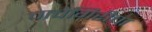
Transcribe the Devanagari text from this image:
चाचेगिरीचा